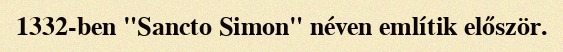
1332-ben "Sancto Simon" néven említik először.